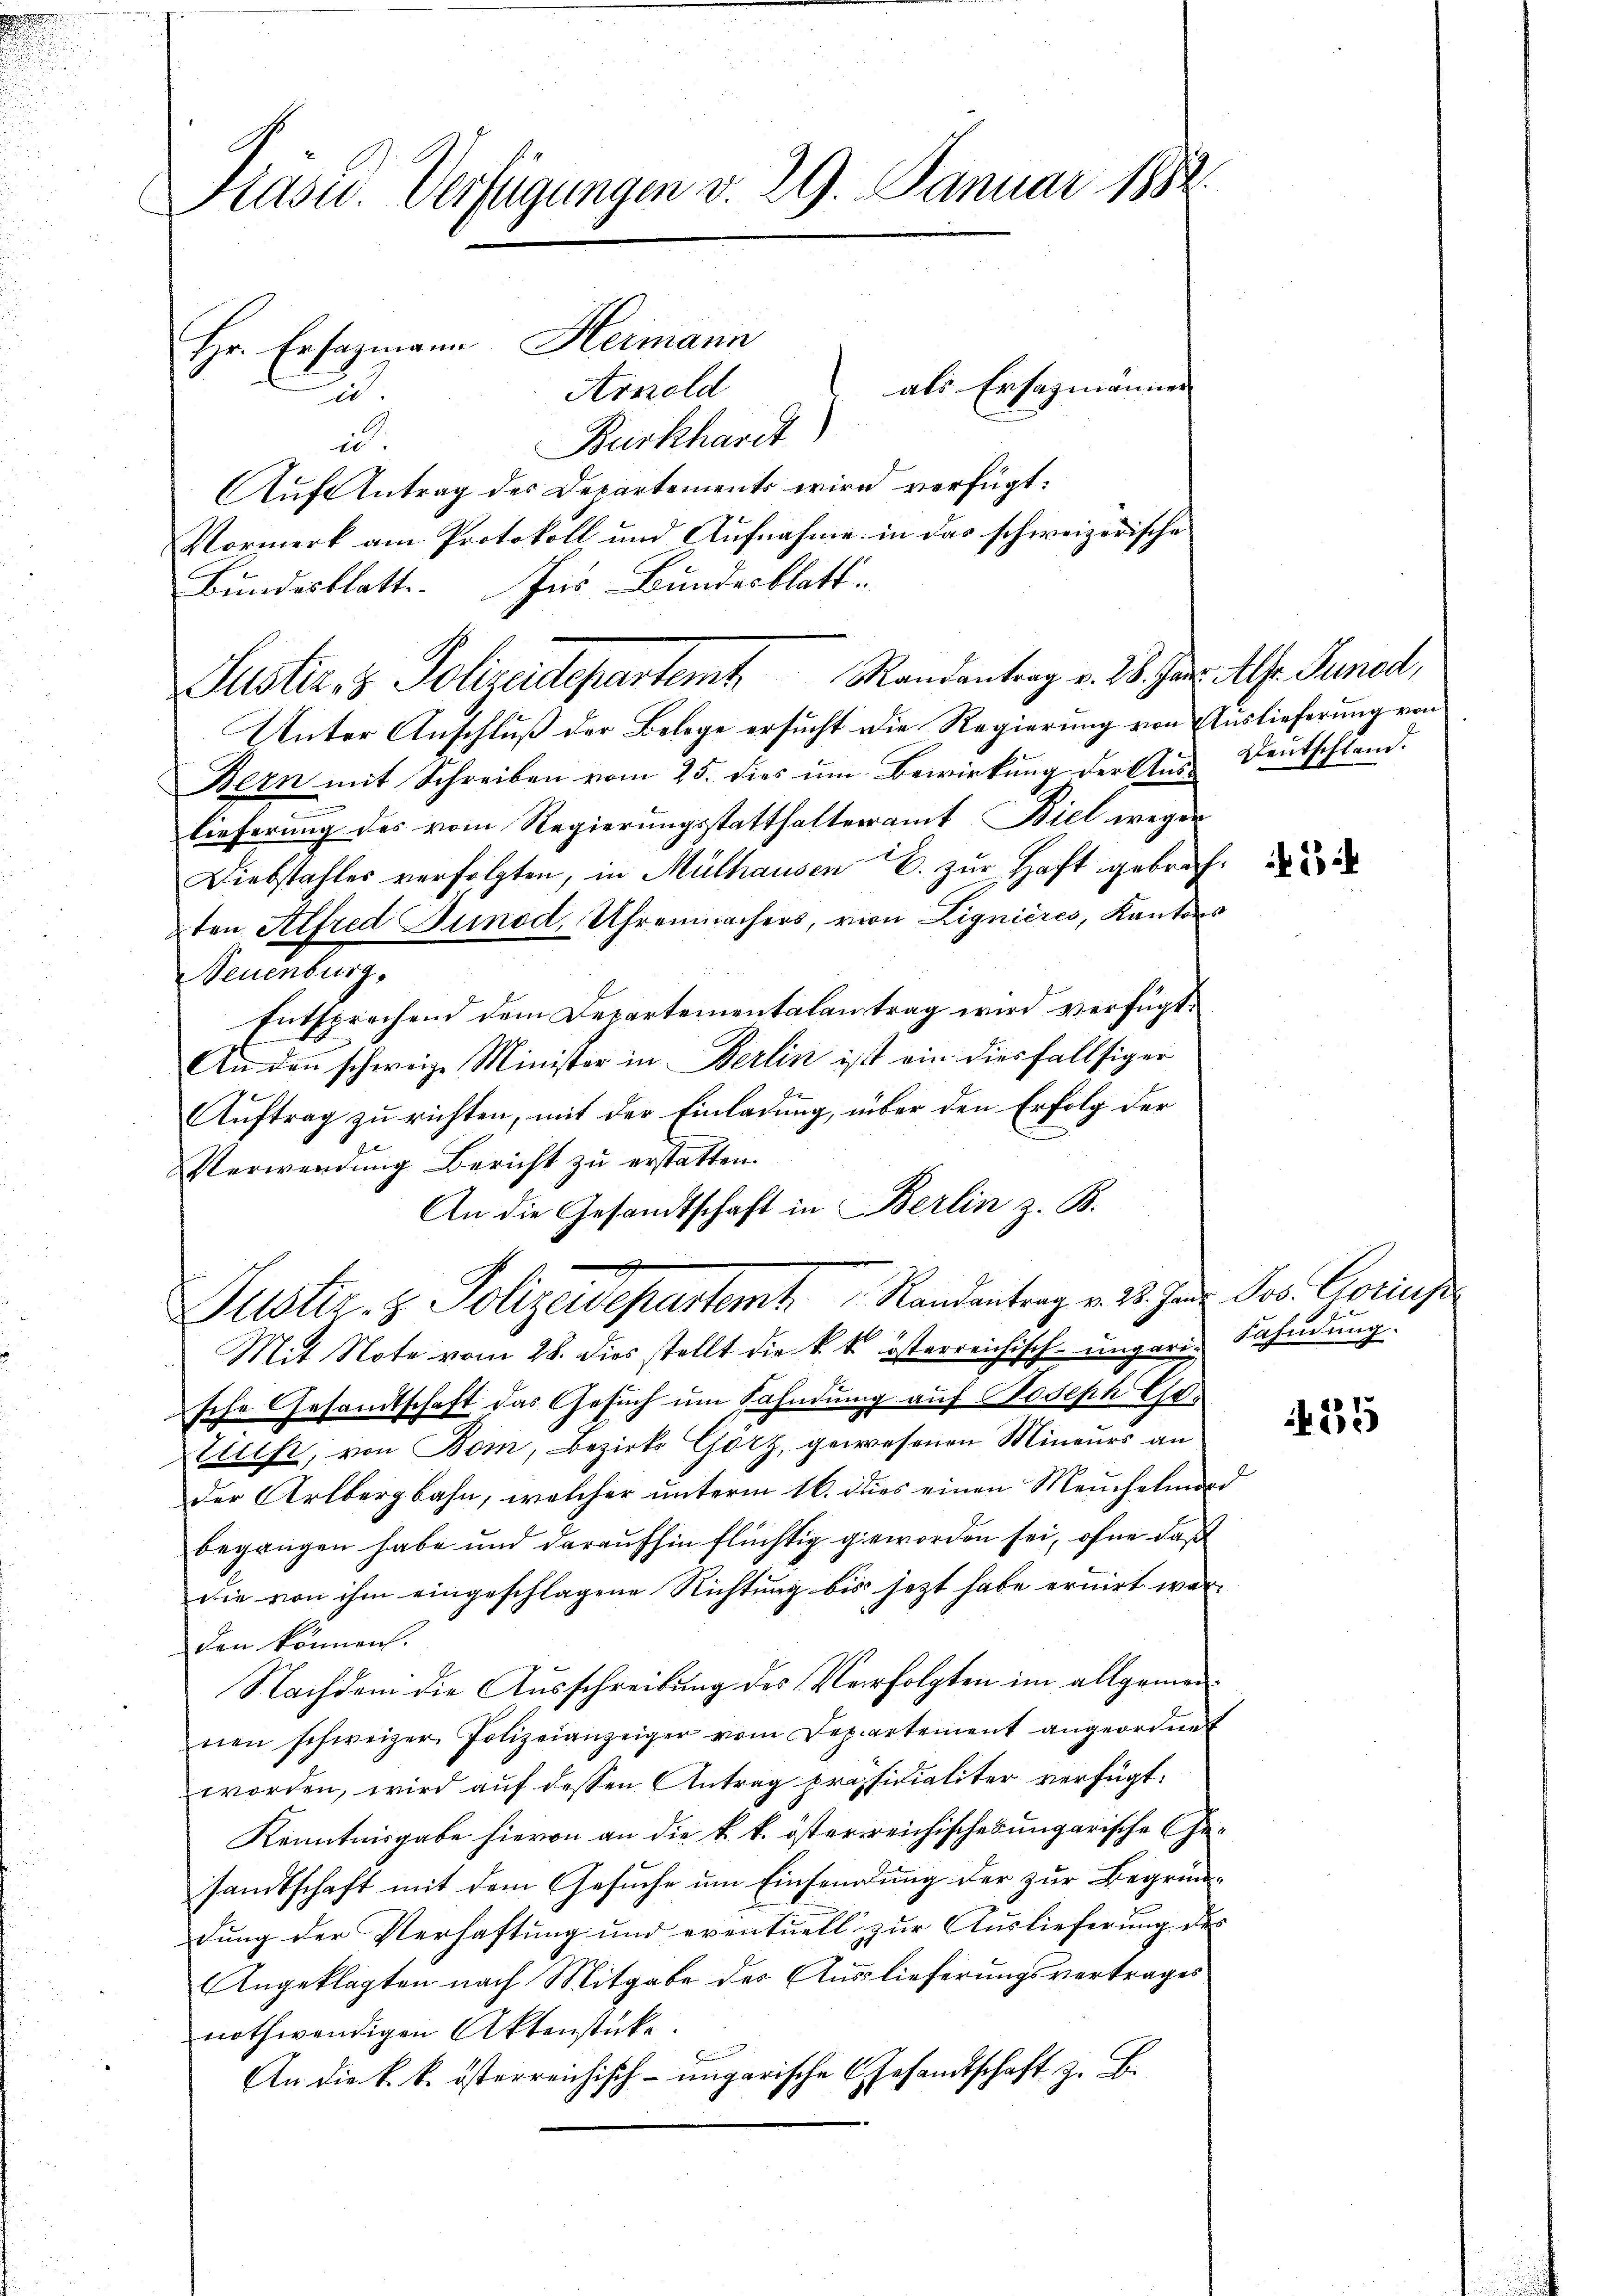
Präsid. Verfügungen v. 29. Januar 1882.

Hr. Ersazmann Hermann
Arnold
Burkhardt
u
Auf Antrag des Departements wird verfügt:
Vormerk am Protokoll und Aufnahme in das schweizerische
Unter Anschluß der Belege ersucht die Regierung von Auslieferung von
Bern mit Schreiben vom 25. dies ŭm Bewirkŭng der Aŭs-Dentschland.
lieferung des vom Regierungsstatthalteramt Biel wegen
Diebstahler verfolgten, in Mülhausen E. zur Haft gebran
2ten Alfred Junod, Uhrenmachers, von Lignieres, Kanton
Neuenburg,
Entsprechend dem Departementalantrag wird verfügt:
An den schweize Minister in Berlin ist ein diesfallsiger
Auftrag zu richten, mit der Einladung, über den Erfolg der
Verwendung Bericht zu erstatten.
An die Gesandtschaft in Berlin z. B.
Justiz- & Polizeidepartamt Randantrag v. 22. Jan. Jos. Georg
Mit Note vom 28. dies stellt die k. k. österreichisch-ungaris Sahndung.
sche Gesamtschaft das Gesuch um Fahndung auf Joseph Geties, von Bom, Bezirks Görz, gewesenen Mineurs an
der Arlbergbahn, welcher unterm 16. dies einen Meucheln
begangen habe und daraufhin flüchtig geworden sei, ohne daß
die von ihm eingeschlagene Richtung bis jetzt habe eruirt waden können.
Nachdem die Ausschreibung des Verfolgten im allgemeinen schweizer Polizeianzeiger vom Departement angeordne
worden, wird auf dessen Antrag präsidialiter verfügt:
Kenntnisgabe hievon an die k. k. öster reichisches ungarische Gesandtschaft mit dem Gesuche um Einsendung der zur Begründung der Verhaftung und eventuell zur Auslieferung de
Angeklagten nach Mitgabe der Auslieferungsvertrages
nothwendigen Aktenstücke
An die k. k. österreichisch-ungarische Gesandtschaft z. B.

d

Bundesblatt. Ins Bundesblatt.
Justiz & Polizeidepartemb. Mandantrag v. 25. Jan. Als Punct,

als Ersezmänner

l.
1

12

er

455